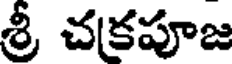
శ్రీ చకపూజ